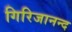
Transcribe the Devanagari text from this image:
गिरिजानन्द